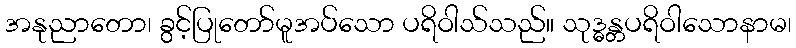
အနုညာတော၊ ခွင့်ပြုတော်မူအပ်သော ပရိဝါသ်သည်။ သုဒ္ဓန္တပရိဝါသောနာမ၊